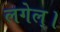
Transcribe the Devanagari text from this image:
लगेल्।